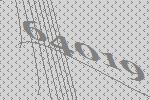
64019